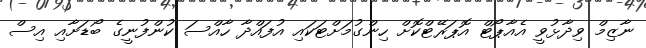
ނާޒިމް ވިދާޅުވީ އެއާޕޯޓް އޮޕަރޭޓްކޮށް ހިންގުމަށްޓަކައި އުފައްދާ ހާއްސަ ކުންފުނީގެ ބޯޑަށާއި އިސް